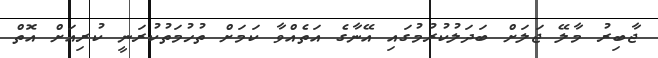
ޖާބިރު މާލޭ ޖަލަށް ބަދަލުކުރުމުގައި އޭނާގެ އަތެއްވާ ކަމަށް ތުހުމަތުކުރަނީ ކުރިއަށް އޮތް